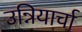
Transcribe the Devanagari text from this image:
उन्नियार्चा